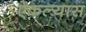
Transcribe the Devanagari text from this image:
ऐकल्यास